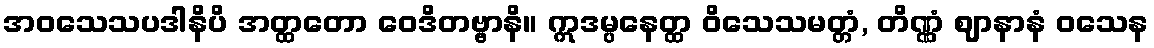
အဝသေသပဒါနိပိ အတ္ထတော ဝေဒိတဗ္ဗာနိ။ ဣဒမ္ပနေတ္ထ ဝိသေသမတ္တံ, တိဏ္ဏံ ဈာနာနံ ဝသေန